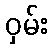
ဝှမ်း